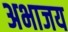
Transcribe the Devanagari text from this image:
अभाजय